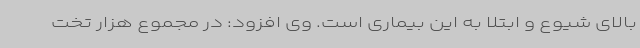
بالای شیوع و ابتلا به این بیماری است. وی افزود: در مجموع هزار تخت